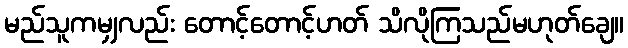
မည်သူကမျှလည်း တောင့်တောင့်ဟတ် သိလိုကြသည်မဟုတ်ချေ။